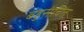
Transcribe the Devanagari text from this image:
बहुसंचित